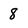
Character: 8